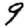
Digit: 9